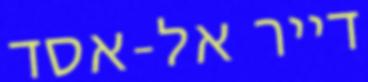
דייר אל-אסד